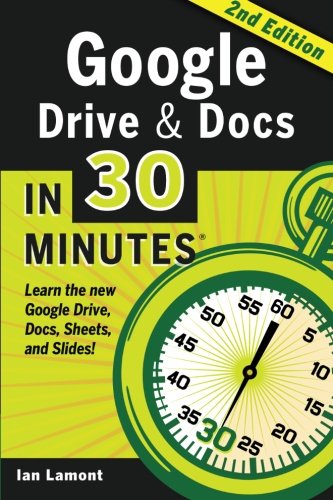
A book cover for Google Drive & Docs in 30 Minutes (2nd Edition): The unofficial guide to the new Google Drive, Docs, Sheets & Slides; Ian Lamont; Education & Teaching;